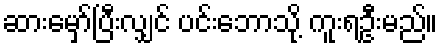
ဆားမှော်ပြီးလျှင် ပင်းဘောသို့ ကူးရဦးမည်။